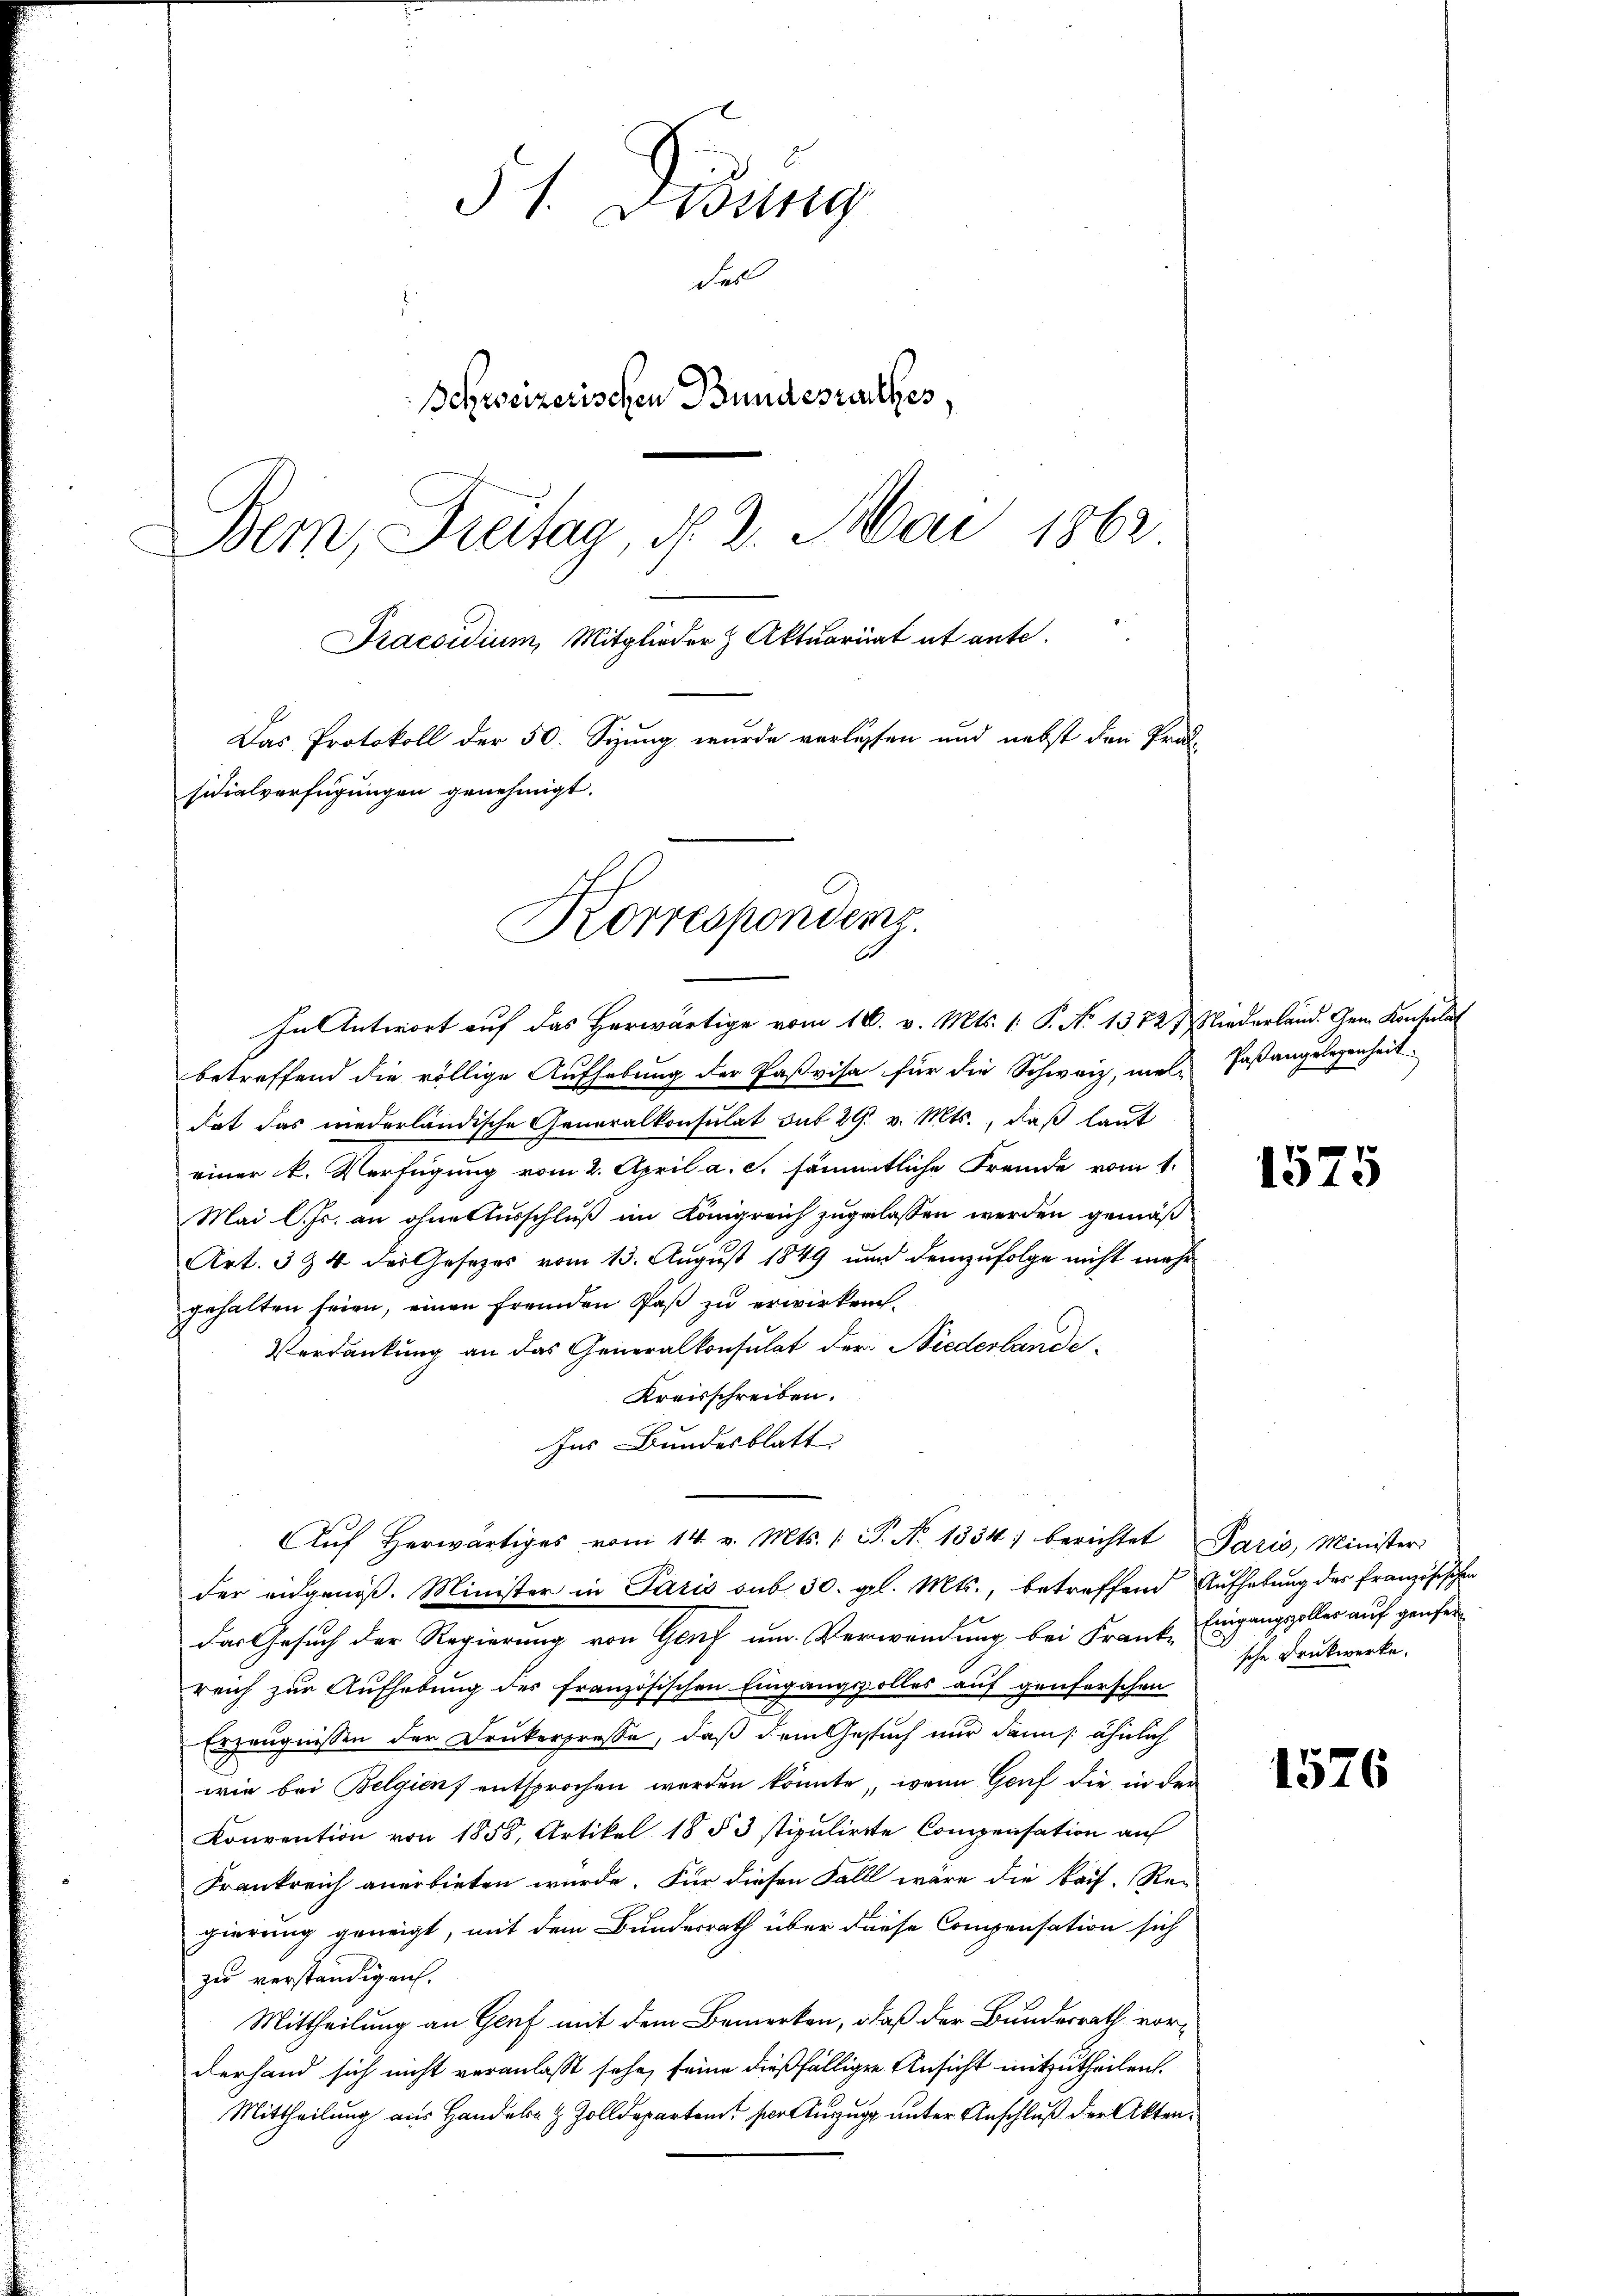
51. Didung
das
Schweizerischen Bundesrathes,
Bem, Freitag, d. 2. Mai 1862.
Praesidium, Mitglieder Aktuariat et ante.
Das Protokoll der 50. Sizung wurde verlassen und nebst den Prelsidialverfügungen genehmigt.

Korrespondenz.
.

In Antwort auf das Herwärtige vom 18. v. Mts. 1. P. No 1372 liederland. Gem. Konsulat
betreffend die völlige Aufhebung der Paßvisa für die Schweiz, nel Paßangelegenheit
Rat das niederländische Generalkonsulat sub 29. v. Mts., daß laut
einer k. Verfügung vom 2. April a. c. sämmtliche Fremde vom 1.
Mai l. Js. an ohne Ausschluß im Königreich zugelassen werden gemäß
Art. 3 & 4 der Gesetzes vom 13. August 1849 und demzufolge nicht mehr
gehalten seien, einen fremden Paß zu erwirken¬
Verdankung an das Generalkonsulat der Niederlande¬
Kreisschreiben.
Ins Bundesblatt
Aŭf herwärtiges vom 14. v. Mts. 1 P. Nr. 1334) berichtet Paris, Minister
der eidgenöß. Minister in Paris sub 30. gl. Mts., betreffend Aufhebung des französischen
Das Gesuch der Regierung von Genf um Verwendung bei Frank, Eingangszoller auf genfer
reich zur Aufhebung des französischen Eingangsolles auf genferschen
Erzeugnissen der Drukerpresse, daß dem Gesuch nur dann /: ähnlich
wie bei Belgien entsprochen werden könnte, wenn Genf die in der
Konvention von 1858, Artikel 1853 stipulirte Compensation auf
Frankreich anerbieten wurde. Für diesen Fall wäre die kauf. Re-
gierung geneigt, mit dem Bundesrath über diese Compensation sich
zu verständigen.
Mittheilung an Genf mit dem Bemerken, daß der Bundesrath vorderhand sich nicht veranlaßt sehe, seine dießfälligen Ansicht mitzutheilen.
Mittheilung aus Handel & Zolldepartem vor Auszug unter Anschluß der Akten¬

1575

sche Druckwerke.

1576